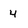
Character: 4